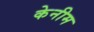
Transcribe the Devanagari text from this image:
केनीम